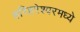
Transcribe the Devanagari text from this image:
हरिहरेश्वरमध्ये